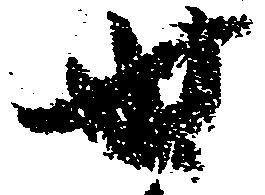
世